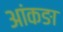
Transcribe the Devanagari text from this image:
आंकङा